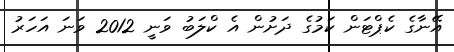
އޭނާގެ ކެޕްޓަން ކަމުގެ ދަށުން އެ ކްލަބު ވަނީ 2012 ވަނަ އަހަރު